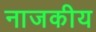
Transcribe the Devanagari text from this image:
नाजकीय